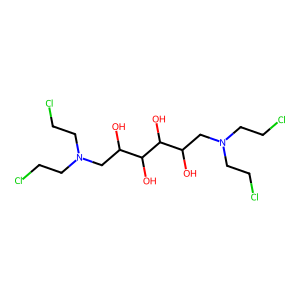
SMILES: OC(CN(CCCl)CCCl)C(O)C(O)C(O)CN(CCCl)CCCl
Inhibits HIV replication: No